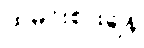
ထမင်းစားချိန်